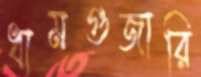
ধামগুজারি